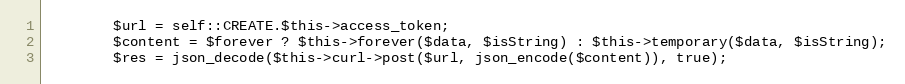
Language: PHP
        $url = self::CREATE.$this->access_token;
        $content = $forever ? $this->forever($data, $isString) : $this->temporary($data, $isString);
        $res = json_decode($this->curl->post($url, json_encode($content)), true);